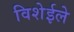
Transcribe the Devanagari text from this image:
विशेईले